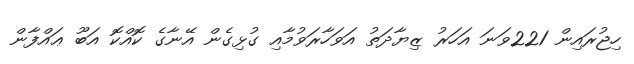
ހިޖުރައިން 221ވަނަ އަހަރު ޒިޔާދަތު އަވަހާރަވުމާއި ގުޅިގެން އޭނާގެ ކޮއްކޮ އަބޫ ޢައްފާން